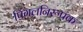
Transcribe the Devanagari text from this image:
पिंगलनिरूपक